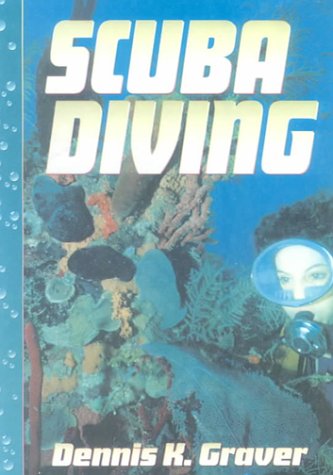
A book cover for Scuba Diving; Dennis K. Graver; Teen & Young Adult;